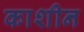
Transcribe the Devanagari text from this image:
काशीन